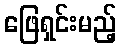
ဖြေရှင်းမည့်